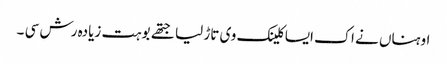
اوہناں نے اک ایسا کلینک وی تاڑ لیا جتھے بوہت زیادہ رش سی ۔